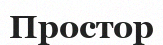
Простор